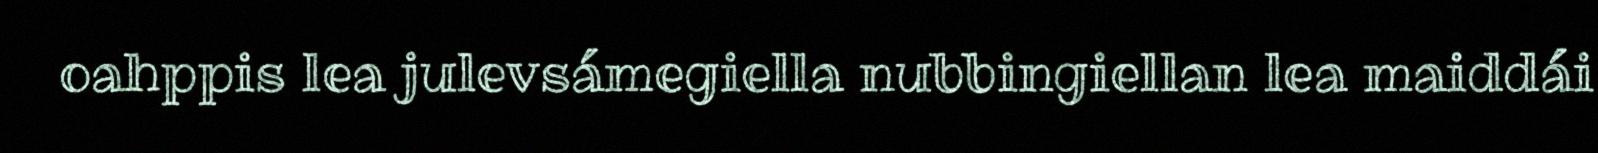
oahppis lea julevsámegiella nubbingiellan lea maiddái